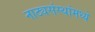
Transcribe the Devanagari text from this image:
नाट्यसंस्थांमध्ये